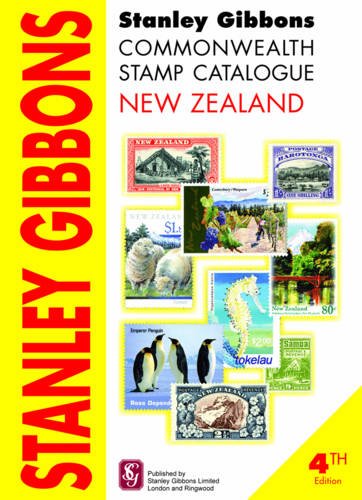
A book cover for Stanley Gibbons Commonwealth Stamp Catalogue New Zealand and Dependencies; Crafts, Hobbies & Home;